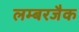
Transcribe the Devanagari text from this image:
लम्बरजैक